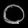
Digit: ၀